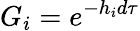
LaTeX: G_{i}=e^{-h_{i}d\tau}